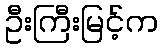
ဦးကြီးမြင့်က